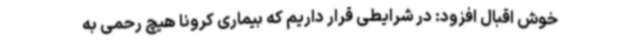
خوش اقبال افزود: در شرایطی قرار داریم که بیماری کرونا هیچ رحمی به